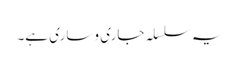
یہ سلسلہ جاری و ساری ہے۔